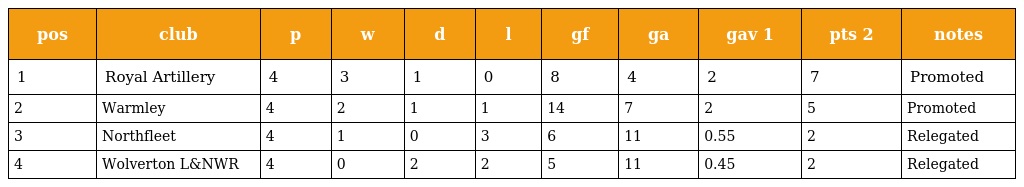
| pos | club | p | w | d | l | gf | ga | gav 1 | pts 2 | notes |
 | --- | --- | --- | --- | --- | --- | --- | --- | --- | --- | --- |
 | 1 | Royal Artillery | 4 | 3 | 1 | 0 | 8 | 4 | 2 | 7 | Promoted |
 | 2 | Warmley | 4 | 2 | 1 | 1 | 14 | 7 | 2 | 5 | Promoted |
 | 3 | Northfleet | 4 | 1 | 0 | 3 | 6 | 11 | 0.55 | 2 | Relegated |
 | 4 | Wolverton L&NWR | 4 | 0 | 2 | 2 | 5 | 11 | 0.45 | 2 | Relegated |